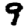
Digit: 9